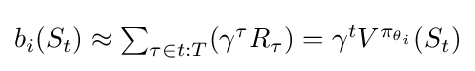
{\textstyle b_{i}(S_{t})\approx \sum _{\tau \in t:T}(\gamma ^{\tau }R_{\tau })=\gamma ^{t}V^{\pi _{\theta _{i}}}(S_{t})}